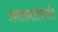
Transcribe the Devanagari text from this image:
प्रशासनासंदर्भात